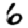
Digit: 6